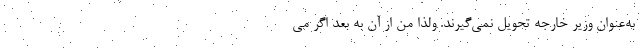
به‌عنوان وزیر خارجه تحویل نمی‌گیرند. ولذا من از آن به بعد اگر می‌